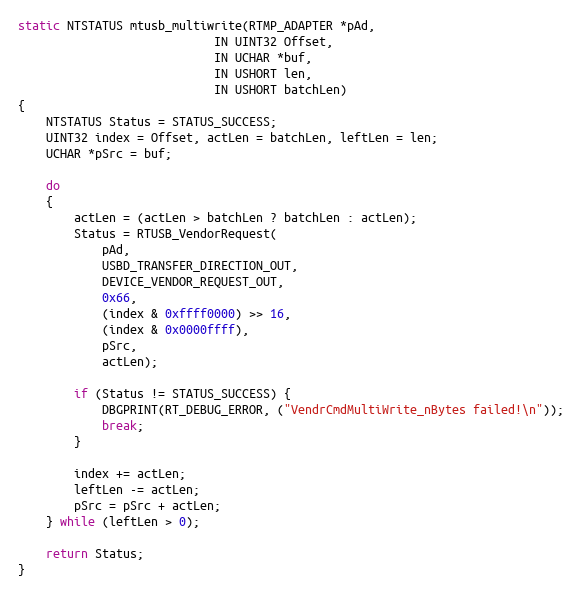
Language: C
static NTSTATUS mtusb_multiwrite(RTMP_ADAPTER *pAd,
							IN UINT32 Offset,
							IN UCHAR *buf,
							IN USHORT len,
							IN USHORT batchLen)
{
	NTSTATUS Status = STATUS_SUCCESS;
	UINT32 index = Offset, actLen = batchLen, leftLen = len;
	UCHAR *pSrc = buf;

	do
	{
		actLen = (actLen > batchLen ? batchLen : actLen);
		Status = RTUSB_VendorRequest(
			pAd,
			USBD_TRANSFER_DIRECTION_OUT,
			DEVICE_VENDOR_REQUEST_OUT,
			0x66,
			(index & 0xffff0000) >> 16,
			(index & 0x0000ffff),
			pSrc,
			actLen);

		if (Status != STATUS_SUCCESS) {
			DBGPRINT(RT_DEBUG_ERROR, ("VendrCmdMultiWrite_nBytes failed!\n"));
			break;
		}

		index += actLen;
		leftLen -= actLen;
		pSrc = pSrc + actLen;
	} while (leftLen > 0);

	return Status;
}